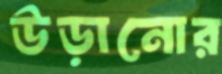
উড়ানোর